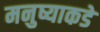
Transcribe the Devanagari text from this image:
मनुष्याकडे